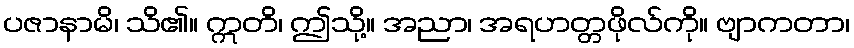
ပဇာနာမိ၊ သိ၏။ ဣတိ၊ ဤသို့။ အညာ၊ အရဟတ္တဖိုလ်ကို။ ဗျာကတာ၊